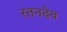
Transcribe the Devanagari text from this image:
रतनदेव